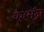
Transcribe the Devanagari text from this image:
कामॅन